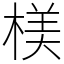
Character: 𣖙